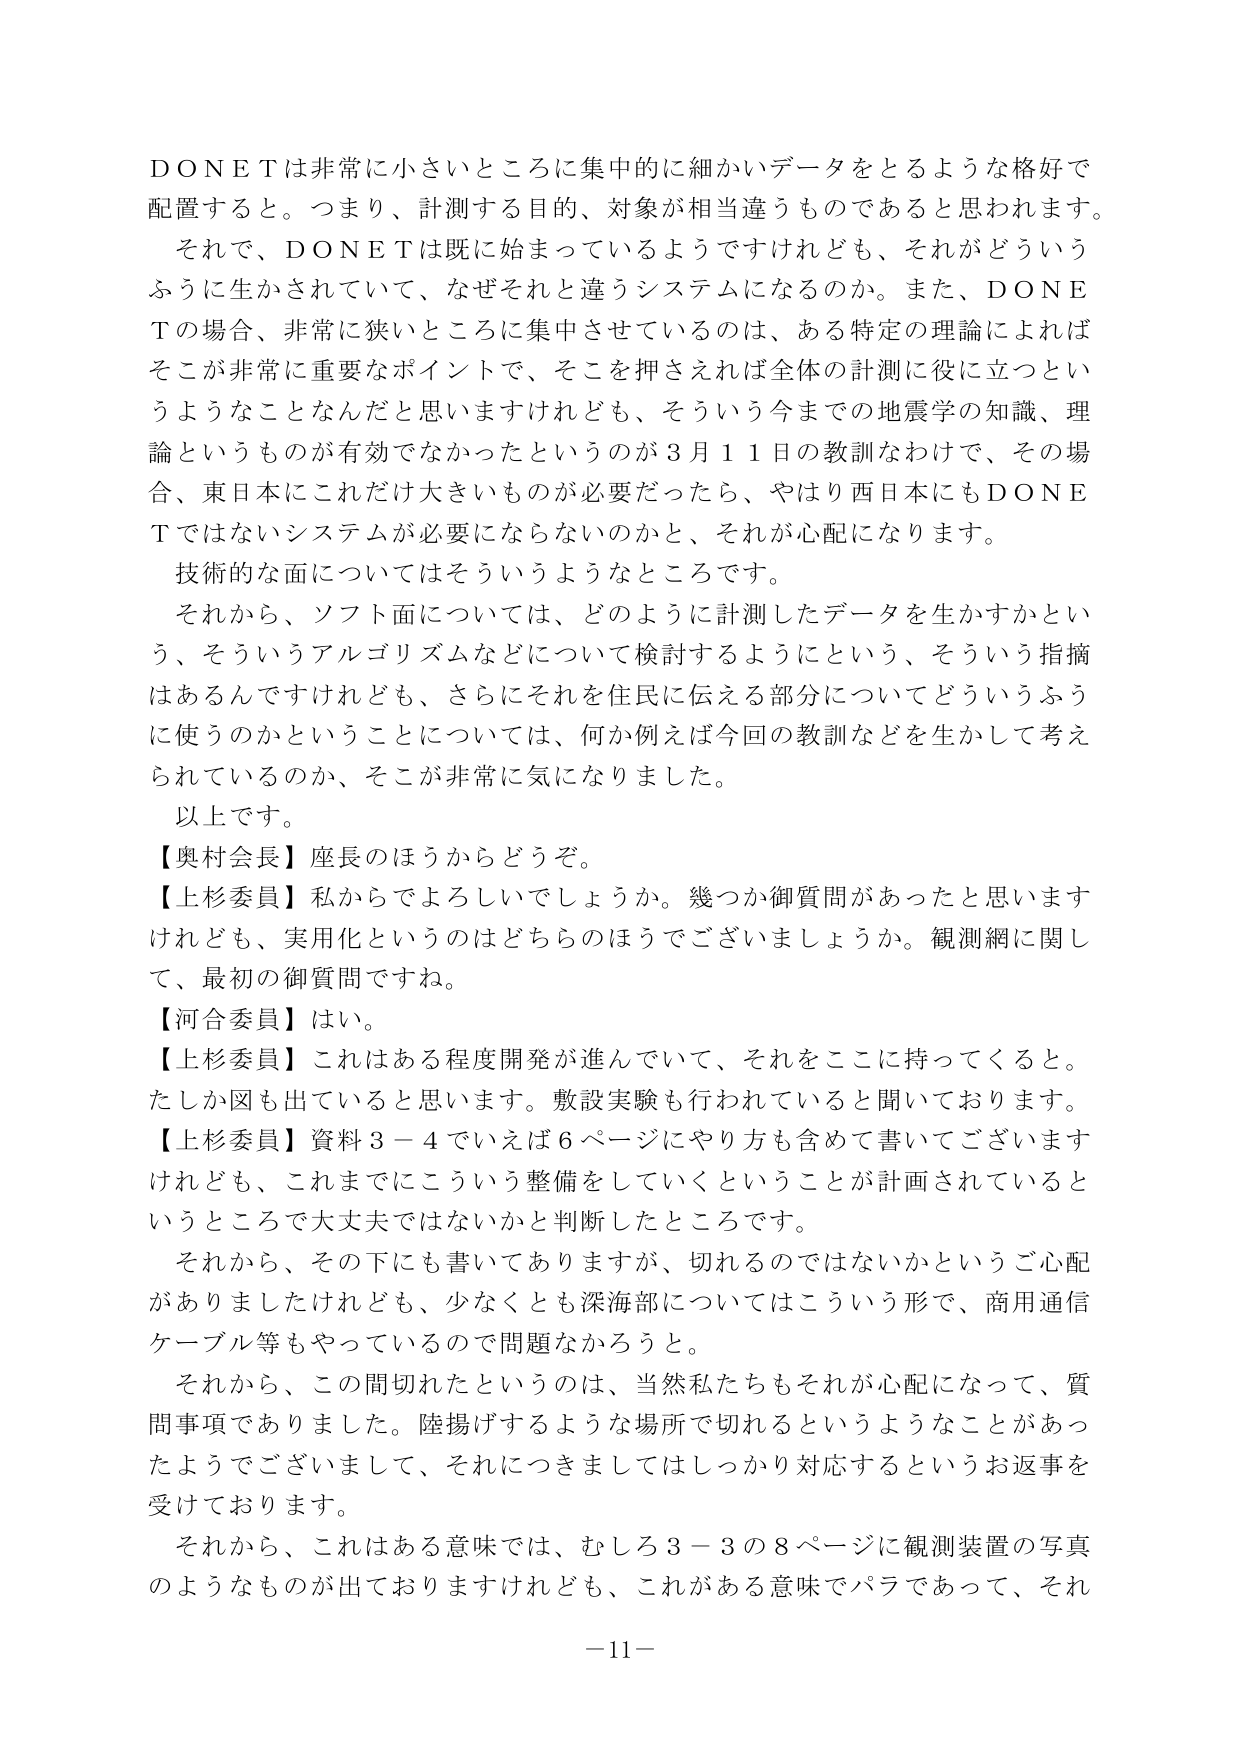
ＤＯＮＥＴは非常に小さいところに集中的に細かいデータをとるような格好で配置すると。つまり、計測する目的、対象が相当違うものであると思われます。
それで、ＤＯＮＥＴは既に始まっているようではけれども、それがどういうふうに生かされていて、なぜそれと違うシステムになるのか。また、ＤＯＮＥＴの場合、非常に狭いところに集中させているのは、ある特定の理論によればそこが非常に重要なポイントで、そこを押さえれば全体の計測に役に立つというようなことなんだと思いますけれども、そういう今までの地震学の知識、理論というものが有効でなかったというのが３月１１日の教訓なわけで、その場合、東日本にこれだけ大きいものが必要だったら、やはり西日本にもＤＯＮＥＴではないシステムが必要にならないのかと、それが心配になります。
技術的な面についてはそういうようなところです。
それから、ソフト面については、どのように計測したデータを生かすかという、そういうアルゴリズムなどについて検討するようにという、そういう指摘はあるんですけれども、さらにそれを住民に伝える部分についてどういうふうに使うのかということについては、何か例えば今回の教訓などを生かして考えられているのか、そこが非常に気になりました。
以上です。
【奥村会長】座長のほうからどうぞ。
【上杉委員】私からでよろしいでしょうか。幾つか御質問があったと思いますけれども、実用化というのはどちらのほうでございましょうか。観測網に関して、最初の御質問ですね。
【河合委員】はい。
【上杉委員】これはある程度開発が進んでいて、それをここに持ってくると。たしか図も出ていると思います。敷設実験も行われていると聞いております。
【上杉委員】資料３－４でいえば６ページにやり方も含めて書いてございますけれども、これまでにこういう整備をしていくということが計画されているというところで大丈夫ではないかと判断したところです。
それから、その下にも書いてありますか、切れるのではないかというご心配がありましたけれども、少なくとも深海部についてはこういう形で、商用通信ケーブル等もやっているので問題なかろうと。
それから、この間切れたというのは、当然私たちもそれが心配になって、質問事項でありました。陸揚げするような場所で切れるというようなことがあったようでございまして、それにつきましてはしっかり対応するというお返事を受けております。
それから、これはある意味では、むしろ３－３の８ページに観測装置の写真のようなものが出ておりますけれども、これがある意味でパラであって、それ
－11－